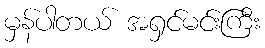
မှန်ပါတယ် အရှင်မင်းကြီး